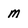
Character: m